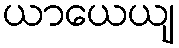
ယာယေယျ